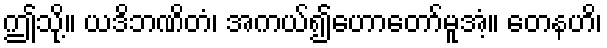
ဤသို့။ ယဒိဘဏိတံ၊ အကယ်၍ဟောတော်မူအံ့။ တေနဟိ၊